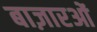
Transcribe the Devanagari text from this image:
बाज़ारओं